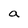
Character: a